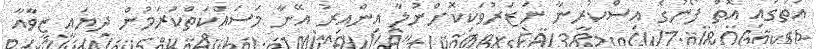
އަތުގައި އޮތް ފޯނުގެ އިސްކުރީނާ ނަޒަރުވަކިކޮށްނުލާ އިންއިރު އޭނާ މަސައްކަތްކުރަމުން ދިޔައީ ޒީވާއާ